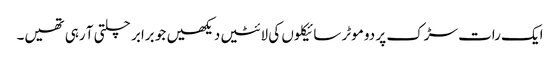
ایک رات سڑک پر دو موٹر سائیکلوں کی لائٹیں دیکھیں جو برابر چلتی آ رہی تھیں۔